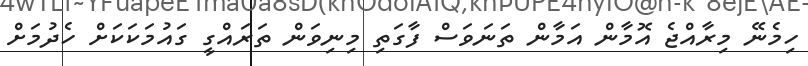
ހިމެނޭ މިރާއްޖެ އޮމާން އަމާން ތަނަވަސް ފާގަތި މިނިވަން ތަރައްގީ ގައުމަކަކަށް ހެދުމަށް